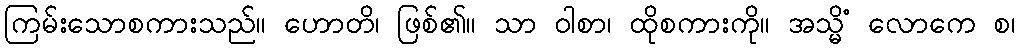
ကြမ်းသောစကားသည်။ ဟောတိ၊ ဖြစ်၏။ သာ ဝါစာ၊ ထိုစကားကို။ အသ္မိံ လောကေ စ၊